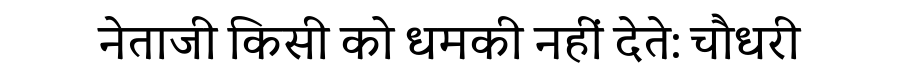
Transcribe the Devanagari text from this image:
नेताजी किसी को धमकी नहीं देते: चौधरी